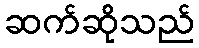
ဆက်ဆိုသည်